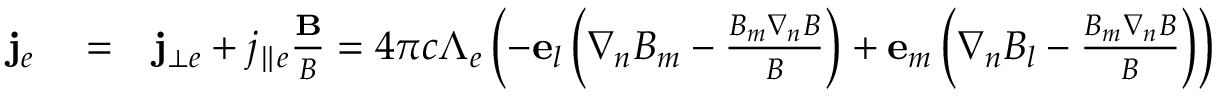
\begin{array} { r l r } { { \bf j } _ { e } } & { { } = } & { { \bf j } _ { \bot e } + j _ { \parallel e } \frac { { \bf B } } { B } = 4 \pi c \Lambda _ { e } \left( { - { \bf e } _ { l } \left( { \nabla _ { n } B _ { m } - \frac { { B _ { m } \nabla _ { n } B } } { B } } \right) + { \bf e } _ { m } \left( { \nabla _ { n } B _ { l } - \frac { { B _ { m } \nabla _ { n } B } } { B } } \right) } \right) } \end{array}